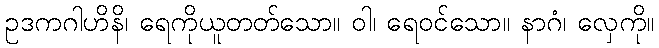
ဥဒကဂါဟိနိ၊ ရေကိုယူတတ်သော။ ဝါ၊ ရေဝင်သော။ နာဂံ၊ လှေကို။